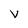
Character: v